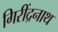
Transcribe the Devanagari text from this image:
गिरींद्रनाथ